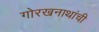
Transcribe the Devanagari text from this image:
गोरखनाथांची